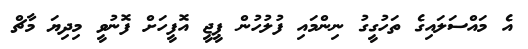
އެ މައްސަލައިގެ ތަހުގީގު ނިންމައި ފުލުހުން ޕީޖީ އޮފީހަށް ފޮނުވީ މިދިޔަ މާޗް